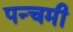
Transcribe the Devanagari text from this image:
पन्चमी